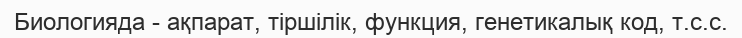
Биологияда - ақпарат, тіршілік, функция, генетикалық код, т.с.с.